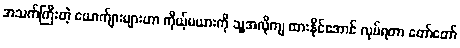
အသက်ကြီးတဲ့ ယောက်ျားများဟာ ကိုယ့်မယားကို သူ့အလိုကျ ထားနိုင်အောင် လုပ်ရတာ တော်တော်